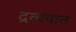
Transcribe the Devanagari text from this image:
द्रव्यपात